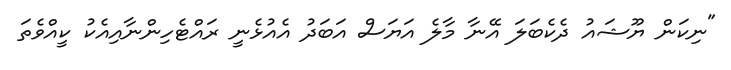
"ނިކަން ޔޫޝައު ދެކެބަލަ އޭނާ މާލެ އަޔަސް އަބަދު އެއުޅެނީ ރައްޓެހިންނާއިއެކު ކީއްވެތަ